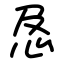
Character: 㤂